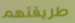
طريقتهم